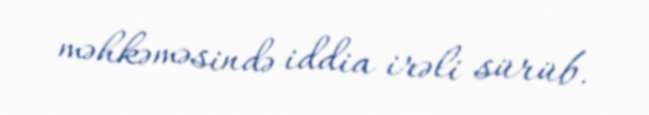
məhkəməsində iddia irəli sürüb.